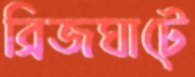
ব্রিজঘাটে